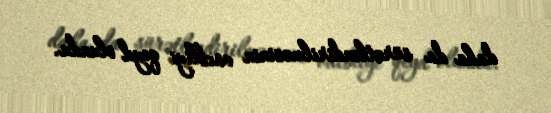
daha da sürətləndirilməsinin vacbliyi qeyd olundu.